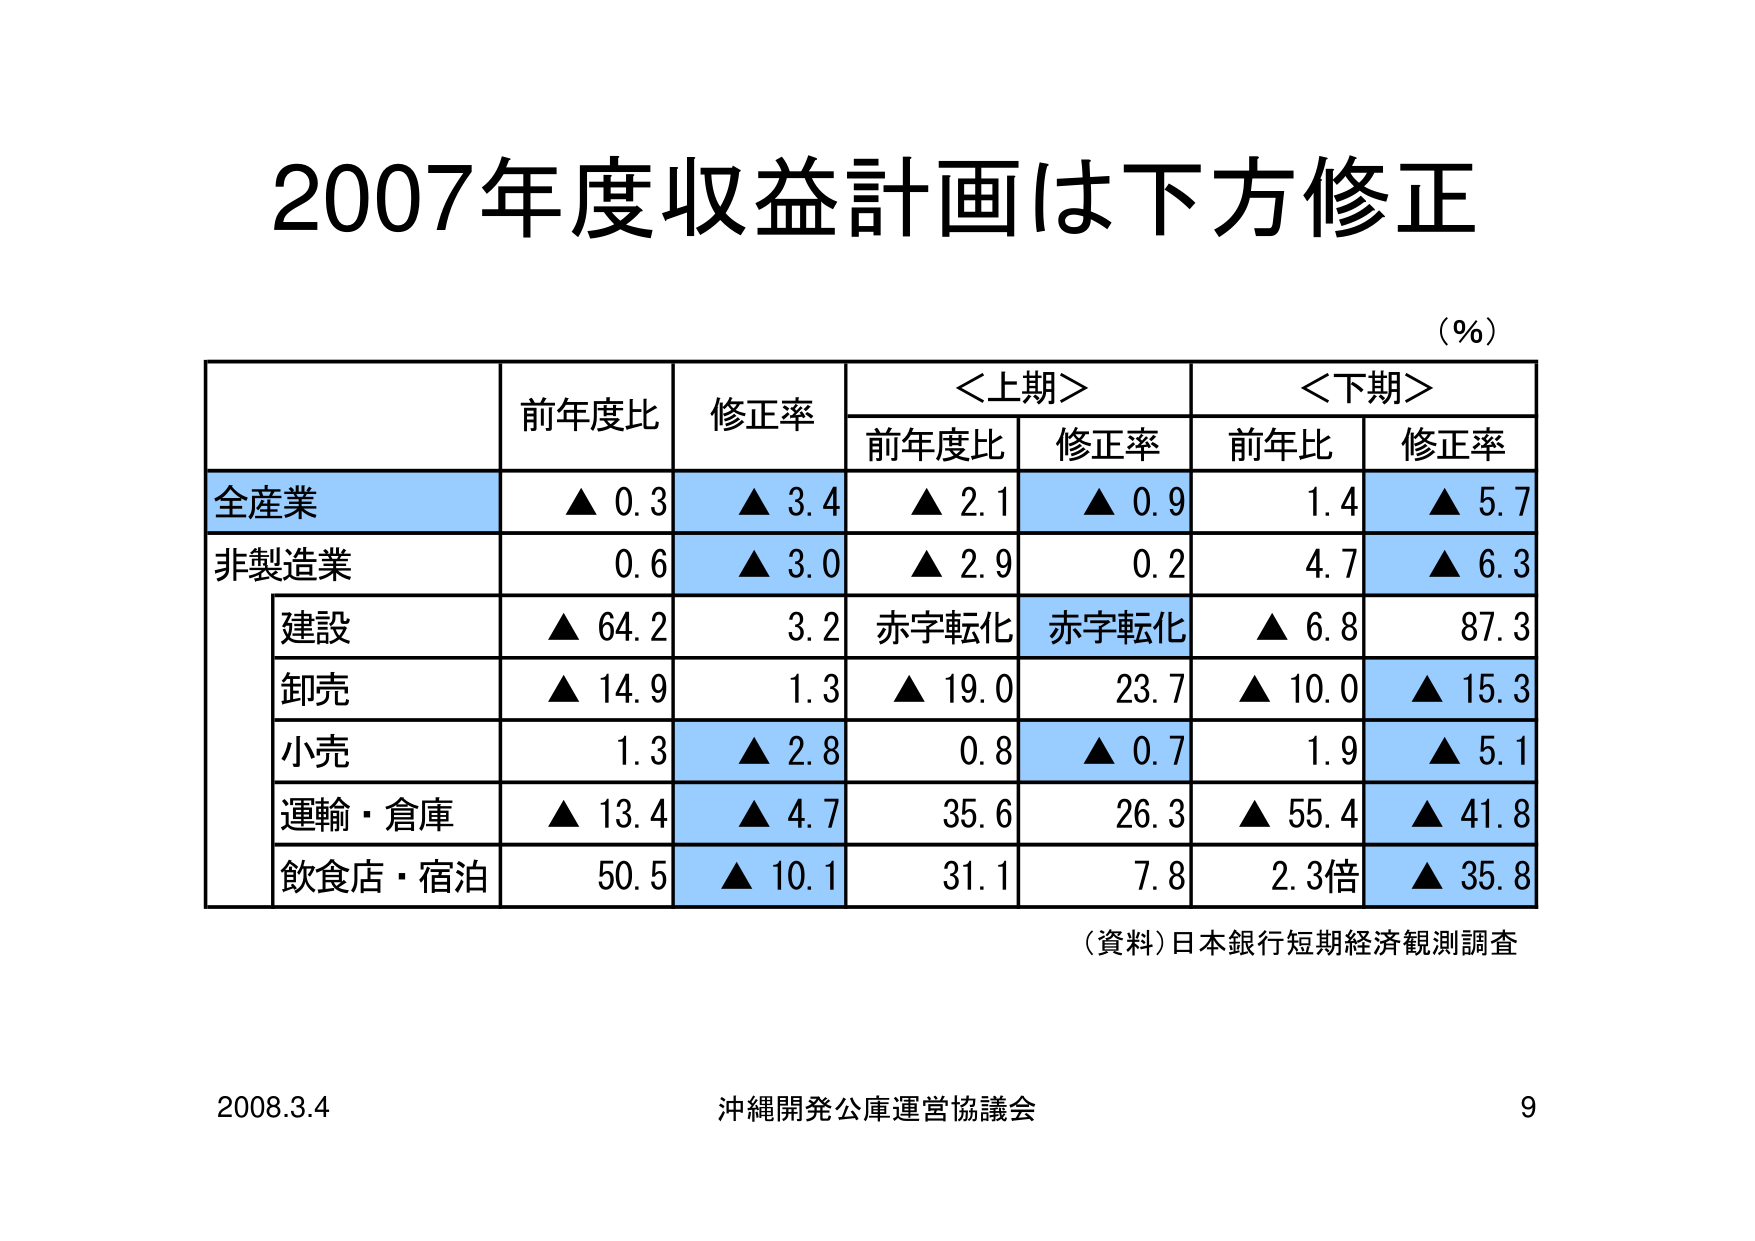
2007年度収益計画は下方修正

（％）

前年度比　修正率　＜上期＞　＜下期＞
　　　　　　前年度比　修正率　前年比　修正率

全産業　　　▲ 0.3　　▲ 3.4　　▲ 2.1　　▲ 0.9　　1.4　　▲ 5.7
非製造業　　0.6　　▲ 3.0　　▲ 2.9　　0.2　　4.7　　▲ 6.3
　建設　　　▲ 64.2　　3.2　　赤字転化　赤字転化　▲ 6.8　　87.3
　卸売　　　▲ 14.9　　1.3　　▲ 19.0　　23.7　　▲ 10.0　　▲ 15.3
　小売　　　1.3　　▲ 2.8　　0.8　　▲ 0.7　　1.9　　▲ 5.1
　運輸・倉庫　▲ 13.4　　▲ 4.7　　35.6　　26.3　　▲ 55.4　　▲ 41.8
　飲食店・宿泊　50.5　　▲ 10.1　　31.1　　7.8　　2.3倍　　▲ 35.8

（資料）日本銀行短期経済観測調査

2008.3.4　沖縄開発公庫運営協議会　9